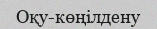
Оқу-көңілдену